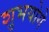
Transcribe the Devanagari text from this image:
शुभयोगे